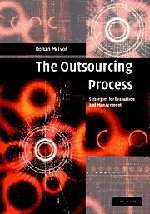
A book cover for The Outsourcing Process: Strategies for Evaluation and Management; Ronan McIvor; Business & Money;